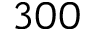
3 0 0